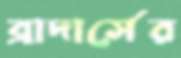
ব্রাদার্সের